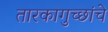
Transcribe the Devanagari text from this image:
तारकागुच्छांचे